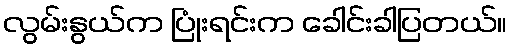
လွမ်းနွယ်က ပြုံးရင်းက ခေါင်းခါပြတယ်။